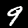
Label: 9